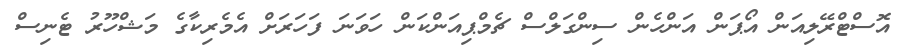
އޮސްޓްރޭލިއަން އޯޕަން އަންހެން ސިންގަލްސް ޗެމްޕިއަންކަން ހަވަނަ ފަހަރަށް އެމެރިކާގެ މަޝްހޫރު ޓެނިސް